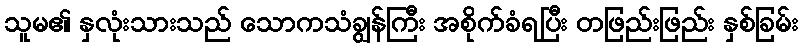
သူမ၏ နှလုံးသားသည် သောကသံချွန်ကြီး အစိုက်ခံရပြီး တဖြည်းဖြည်း နှစ်ခြမ်း